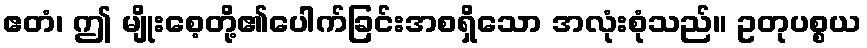
ဧတံ၊ ဤ မျိုးစေ့တို့၏ပေါက်ခြင်းအစရှိသော အလုံးစုံသည်။ ဥတုပစ္စယ